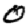
Digit: 0